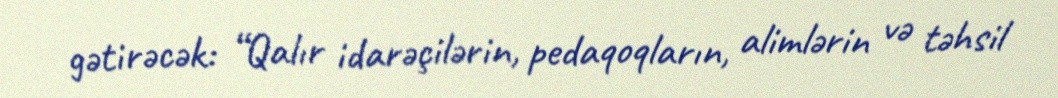
gətirəcək: “Qalır idarəçilərin, pedaqoqların, alimlərin və təhsil